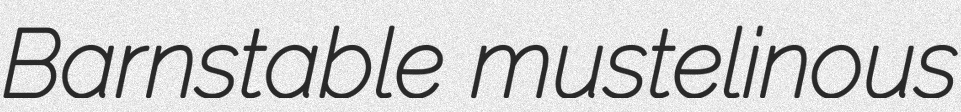
Barnstable mustelinous